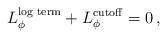
LaTeX: \begin{align*}L^{\hbox{\scriptsize log term}}_\phi + L^{{\rm cutoff}}_\phi = 0 \,,\end{align*}